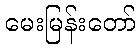
မေးမြန်းတော်